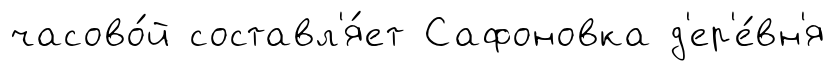
часово́й составл'я́ет Сафоновка д'ер'е́вн'я